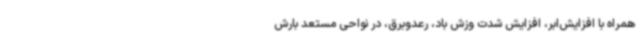
همراه با افزایش‌ابر، افزایش شدت وزش باد، رعدوبرق، در نواحی مستعد بارش